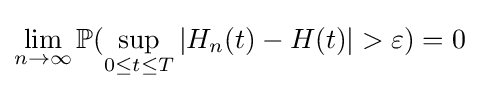
\lim _{n\rightarrow \infty }\mathbb {P} (\sup _{0\leq t\leq T}|H_{n}(t)-H(t)|>\varepsilon )=0